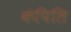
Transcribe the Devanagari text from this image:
कंपिलि